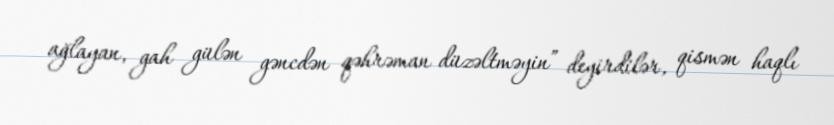
ağlayan, gah gülən gəncdən qəhrəman düzəltməyin” deyirdilər, qismən haqlı